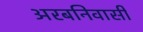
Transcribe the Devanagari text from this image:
अरबनिवासी